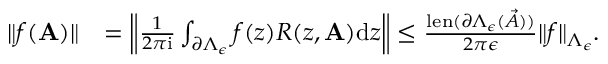
\begin{array} { r l } { \| f ( \mathbf { A } ) \| } & { = \left\| \frac { 1 } { 2 \pi \mathrm { i } } \int _ { \partial \Lambda _ { \epsilon } } f ( z ) R ( z , \mathbf { A } ) \ensuremath { \mathrm { d } z } \right\| \leq \frac { \operatorname { l e n } ( \partial \Lambda _ { \epsilon } ( \vec { A } ) ) } { 2 \pi \epsilon } \| f \| _ { \Lambda _ { \epsilon } } . } \end{array}